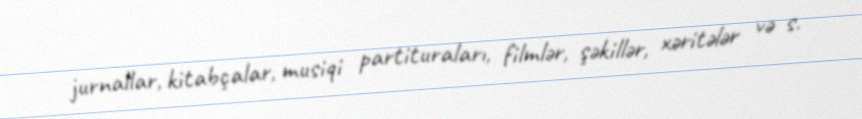
jurnallar, kitabçalar, musiqi partituraları, filmlər, şəkillər, xəritələr və s.